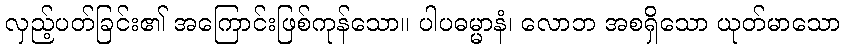
လှည့်ပတ်ခြင်း၏ အကြောင်းဖြစ်ကုန်သော။ ပါပဓမ္မာနံ၊ လောဘ အစရှိသော ယုတ်မာသော